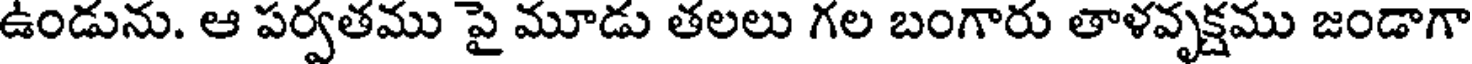
ఉండును. ఆ పర్వతము పై మూడు తలలు గల బంగారు తాళవృక్షము జండాగా